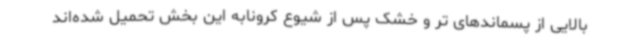
بالایی از پسماندهای تر و خشک پس از شیوع کرونابه این بخش تحمیل شده‌اند